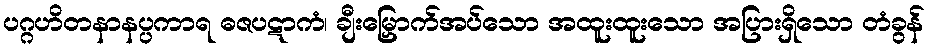
ပဂ္ဂဟိတနာနပ္ပကာရ ဓဇပဋာကံ၊ ချီးမြှောက်အပ်သော အထူးထူးသော အပြားရှိသော တံခွန်